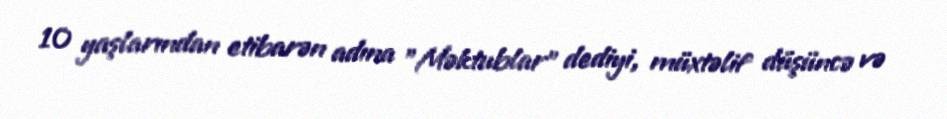
10 yaşlarından etibarən adına "Məktublar" dediyi, müxtəlif düşüncə və